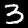
Label: 3